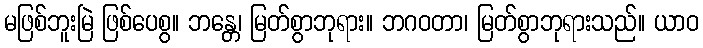
မဖြစ်ဘူးမြဲ ဖြစ်ပေစွ။ ဘန္တေ၊ မြတ်စွာဘုရား။ ဘဂဝတာ၊ မြတ်စွာဘုရားသည်။ ယာဝ